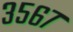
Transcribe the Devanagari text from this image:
३५६७